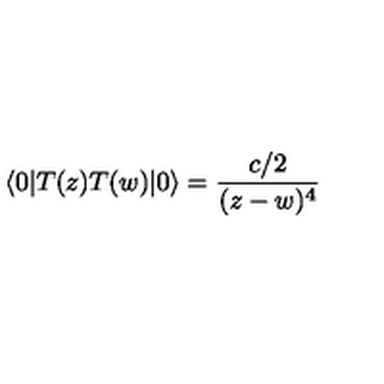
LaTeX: \langle 0 | T ( z ) T ( w ) | 0 \rangle = \frac { c / 2 } { ( z - w ) ^ { 4 } }